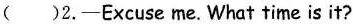
( )2.-Excuse me. What time is it?